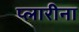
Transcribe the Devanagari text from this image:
प्लारीना